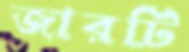
জারটি